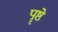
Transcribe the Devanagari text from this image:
पॄष्ठे